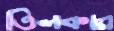
তিলকার